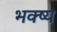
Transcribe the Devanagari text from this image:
भक्ष्‍य